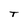
Character: T